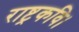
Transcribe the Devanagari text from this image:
राष्ट्रकवि।